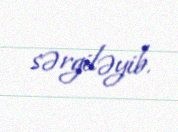
sərgiləyib.